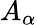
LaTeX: A_{\alpha}